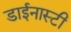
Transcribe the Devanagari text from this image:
डाईनास्टी